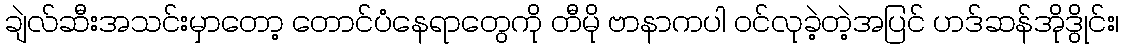
ချဲလ်ဆီးအသင်းမှာတော့ တောင်ပံနေရာတွေကို တီမို ဗာနာကပါ ဝင်လုခဲ့တဲ့အပြင် ဟဒ်ဆန်အိုဒွိုင်း၊